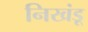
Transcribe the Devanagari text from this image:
निखंडू